Document type: Sale
Year: 1274
Scribe: [Unknown]
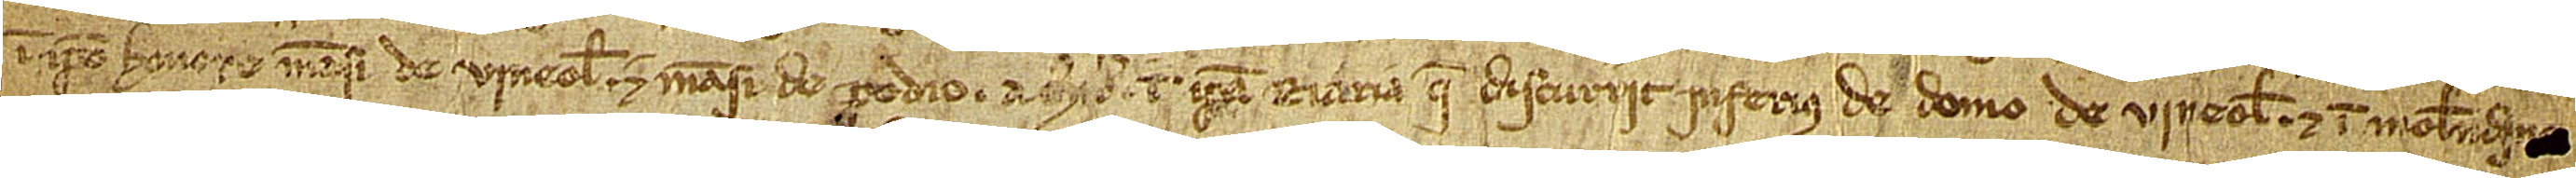
in ipso honore mansi de Vineolis et mansi de Podio; a circio in ipsa riaria que discurrit inferius de domo de Vineolis, et in molendino